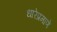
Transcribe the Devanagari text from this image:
धारेप्रमाणे